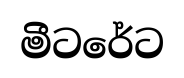
මීටරේට